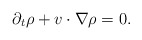
\begin{align*}\partial_t\rho+v\cdot\nabla\rho=0.\end{align*}